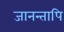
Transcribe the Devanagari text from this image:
जानन्तापि